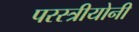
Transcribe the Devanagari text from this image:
परस्त्रीयोनी